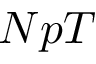
N p T